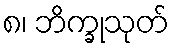
၈၊ ဘိက္ခုသုတ်